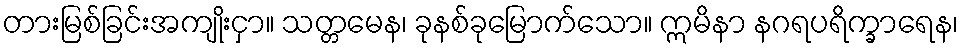
တားမြစ်ခြင်းအကျိုးငှာ။ သတ္တမေန၊ ခုနစ်ခုမြောက်သော။ ဣမိနာ နဂရပရိက္ခာရေန၊